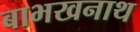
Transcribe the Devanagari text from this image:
बाभखनाथ